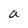
Character: a